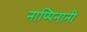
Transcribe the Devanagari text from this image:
नाप्पिनानी